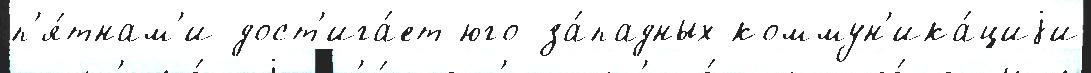
п'я́тнам'и дост'ига́ет юго-за́падных коммун'ика́циjи